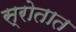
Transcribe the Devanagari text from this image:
स्रोतात